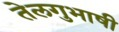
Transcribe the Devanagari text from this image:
तेलगुभाषी